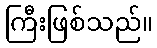
ကြီးဖြစ်သည်။